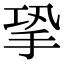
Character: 㧬